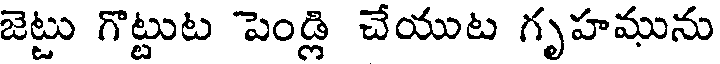
జెట్టు గొట్టుట పెండ్లి చేయుట గృహమును